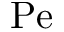
\mathrm { P e }